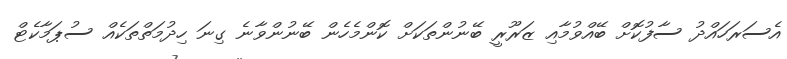
އެސަރަހައްދު ސާފުކޮށް ބޭއްވުމާއި ޒަރޫރީ ބޭނުންތަކަށް ކޮންމެހެން ބޭނުންވާނެ ގިނަ ހިދުމަތްތަކެއް ސުޕަމާކެޓް